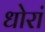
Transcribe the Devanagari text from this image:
धोरां